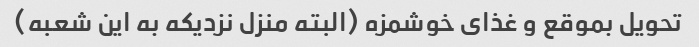
تحویل بموقع و غذای خوشمزه (البته منزل نزدیکه به این شعبه)